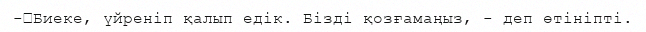
-	Биеке, үйреніп қалып едік. Бізді қозғамаңыз, - деп өтініпті.